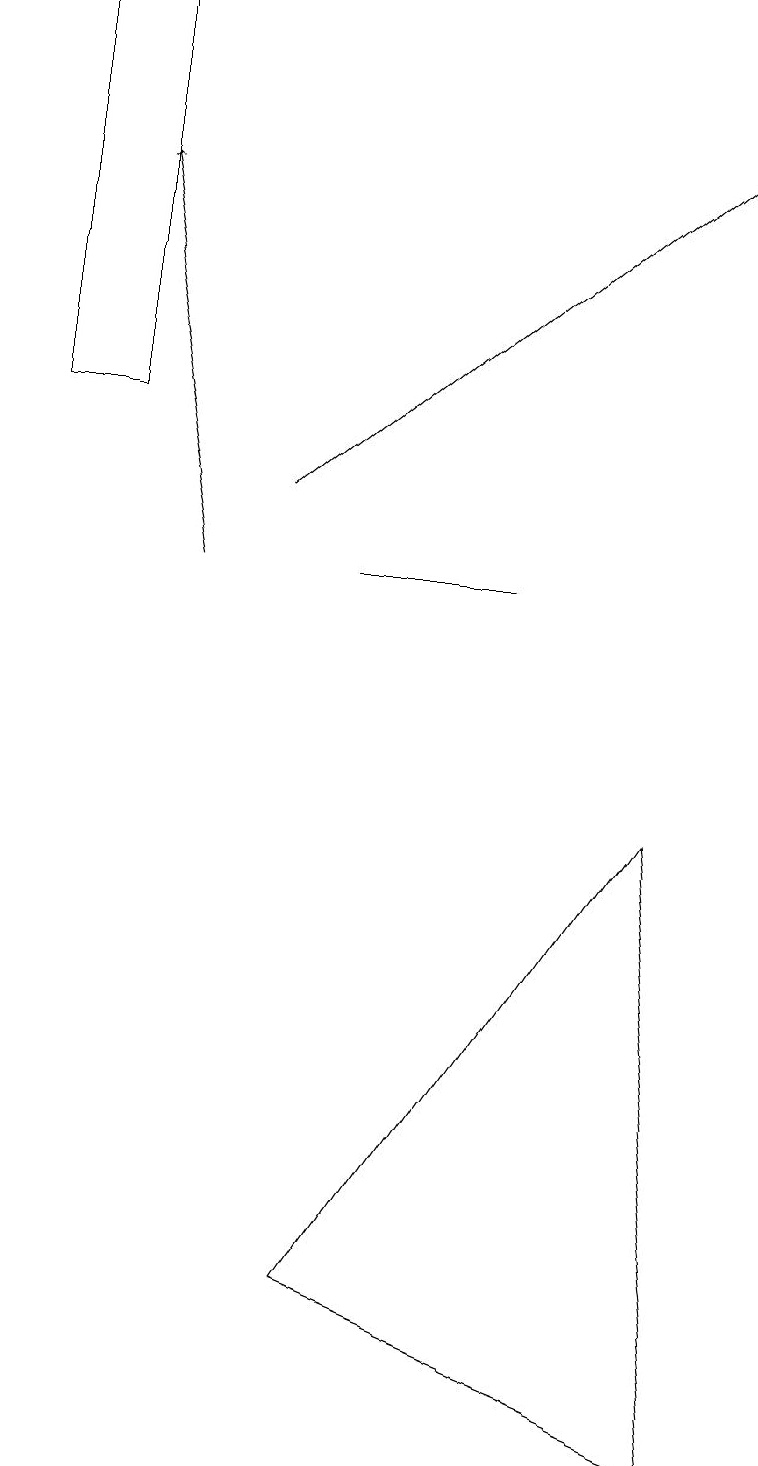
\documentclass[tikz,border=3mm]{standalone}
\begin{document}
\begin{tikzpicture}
\draw (1,14) rectangle (0,19);
\draw[->] (3,13) -- (9,18);
\draw (4,3) -- (8,9) -- (9,1) -- cycle;
\draw[->] (2,12) -- (1,17);
\draw (0,16) rectangle (0,19);
\draw (4,12) rectangle (6,12);
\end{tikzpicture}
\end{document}